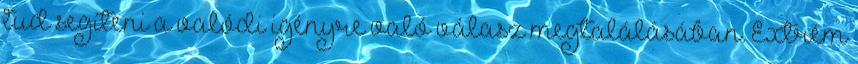
tud segíteni a valódi igényre való válasz megtalálásában. Extrém